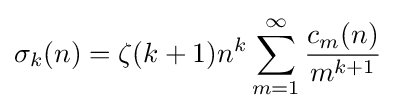
\sigma _{k}(n)=\zeta (k+1)n^{k}\sum _{m=1}^{\infty }{\frac {c_{m}(n)}{m^{k+1}}}